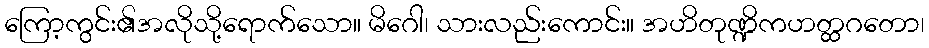
ကြော့ကွင်း၏အလိုသို့ရောက်သော။ မိဂေါ၊ သားလည်းကောင်း။ အဟိတုဏ္ဍိကဟတ္ထဂတော၊